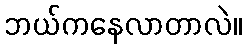
ဘယ်ကနေလာတာလဲ။